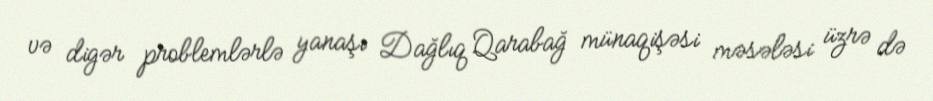
və digər problemlərlə yanaşı Dağlıq Qarabağ münaqişəsi məsələsi üzrə də